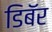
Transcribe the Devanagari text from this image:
डिबॅर